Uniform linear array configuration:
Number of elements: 48
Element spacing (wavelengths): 1
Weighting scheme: exponential
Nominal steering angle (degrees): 60
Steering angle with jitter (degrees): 60.761
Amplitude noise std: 0.05
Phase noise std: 0.05

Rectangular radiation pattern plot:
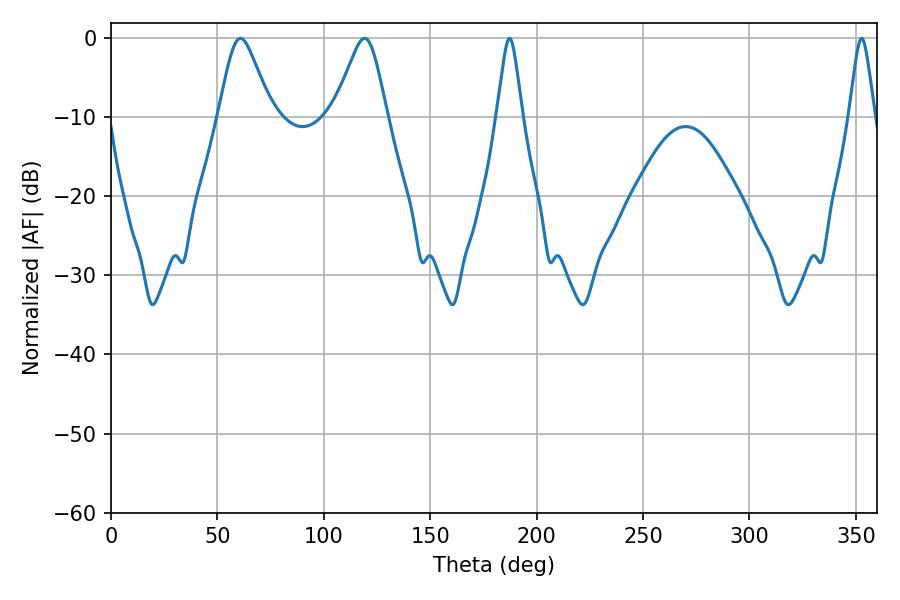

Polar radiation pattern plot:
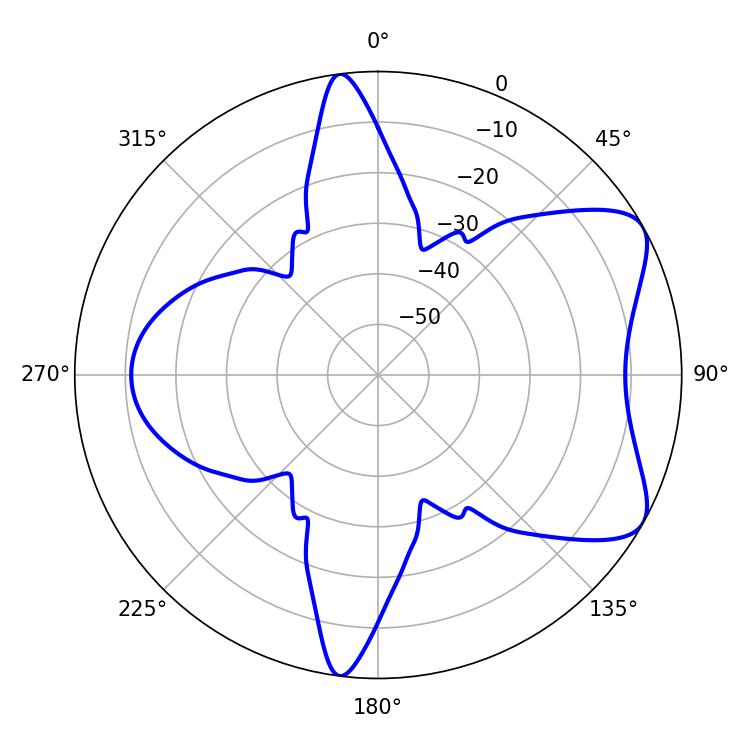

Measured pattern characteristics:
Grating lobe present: TRUE
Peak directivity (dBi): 6.958
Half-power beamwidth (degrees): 12.06
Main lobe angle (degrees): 60.84